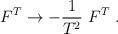
LaTeX: \begin{align*}F^T \rightarrow -{1\over T^2}~F^T\;.\end{align*}